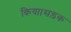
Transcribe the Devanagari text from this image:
किया।सड़क